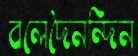
বলেদৈনন্দিন